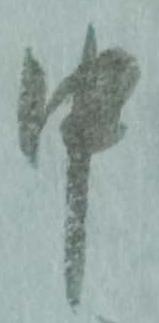
中